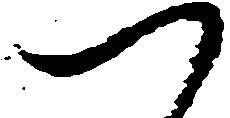
つ